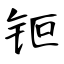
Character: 钷